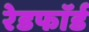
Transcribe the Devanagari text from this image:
रेडफाॅर्ड